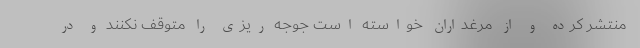
منتشر کرده و از مرغداران خواسته است جوجه ریزی را متوقف نکنند و در